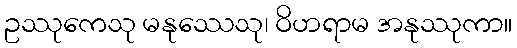
ဥဿုကေသု မနုဿေသု၊ ဝိဟရာမ အနုဿုကာ။